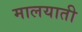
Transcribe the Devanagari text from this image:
मालयाती